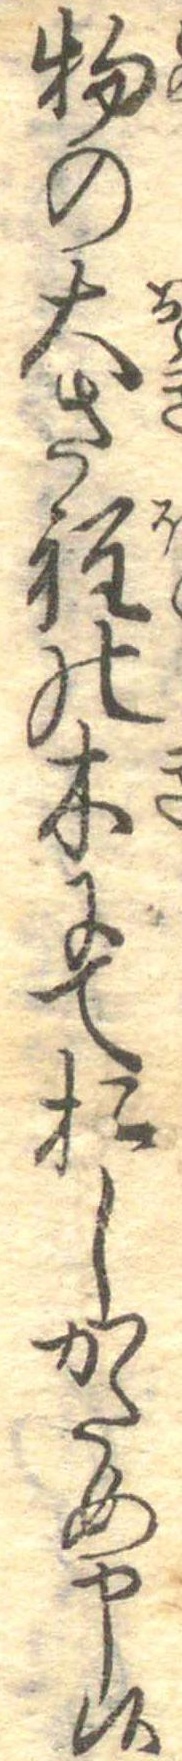
物の大さ程の木にておしかため申候